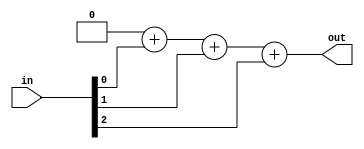
module top_module( 
    input [2:0] in,
    output reg [1:0] out );

    integer i;
    always @(*) begin
        out = 2'b0;
        for (i=0; i<3; i=i+1) begin
            out = out + in[i];
        end
    end

endmodule